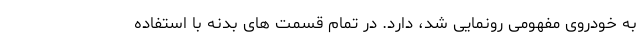
به خودروی مفهومی رونمایی شد، دارد. در تمام قسمت های بدنه با استفاده